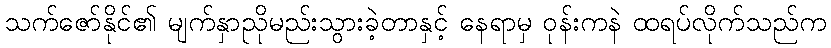
သက်ဇော်နိုင်၏ မျက်နှာညိုမည်းသွားခဲ့တာနှင့် နေရာမှ ဝုန်းကနဲ ထရပ်လိုက်သည်က